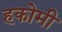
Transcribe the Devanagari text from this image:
हकोमी